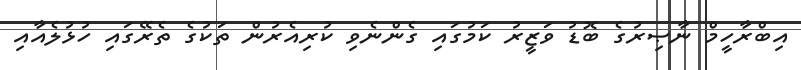
އިބްރާހީމް ނާޞިރުގެ ބޮޑު ވަޒީރު ކަމުގައި ގެންނެވި ކުރިއެރުން ތަކުގެ ތެރޭގައި ހުޅުލެއާއި